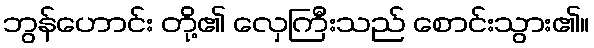
ဘွန်ဟောင်း တို့၏ လှေကြီးသည် စောင်းသွား၏။